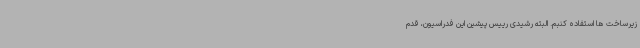
زیرساخت ها استفاده کنبم. البته رشیدی رییس پیشین این فدراسیون، قدم